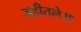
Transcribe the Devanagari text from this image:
महीतले॥